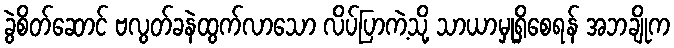
ခွဲစိတ်ဆောင် ဗလွတ်ခနဲထွက်လာသော လိပ်ပြာကဲ့သို့ သာယာမှုရှိစေရန် အဘချိုက